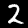
Label: 2